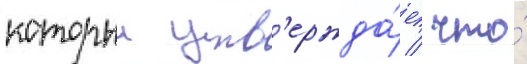
которыи утв'ержда́ет / что́